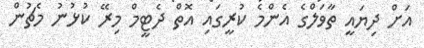
އަށް ދިޔައީ ތާވަލްގެ އެންމެ ކުރީގައި އޮތް ދެޓީމް މިރޭ ކުޅުނު މެޗުން